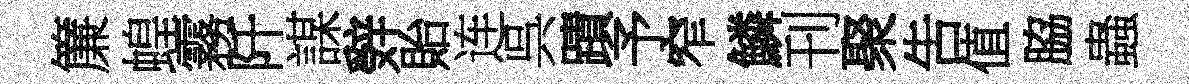
簾蝗霧阡謀辤貽连呉蹟予窄鱗刊聚吿值脇蟲